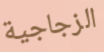
الزجاجية